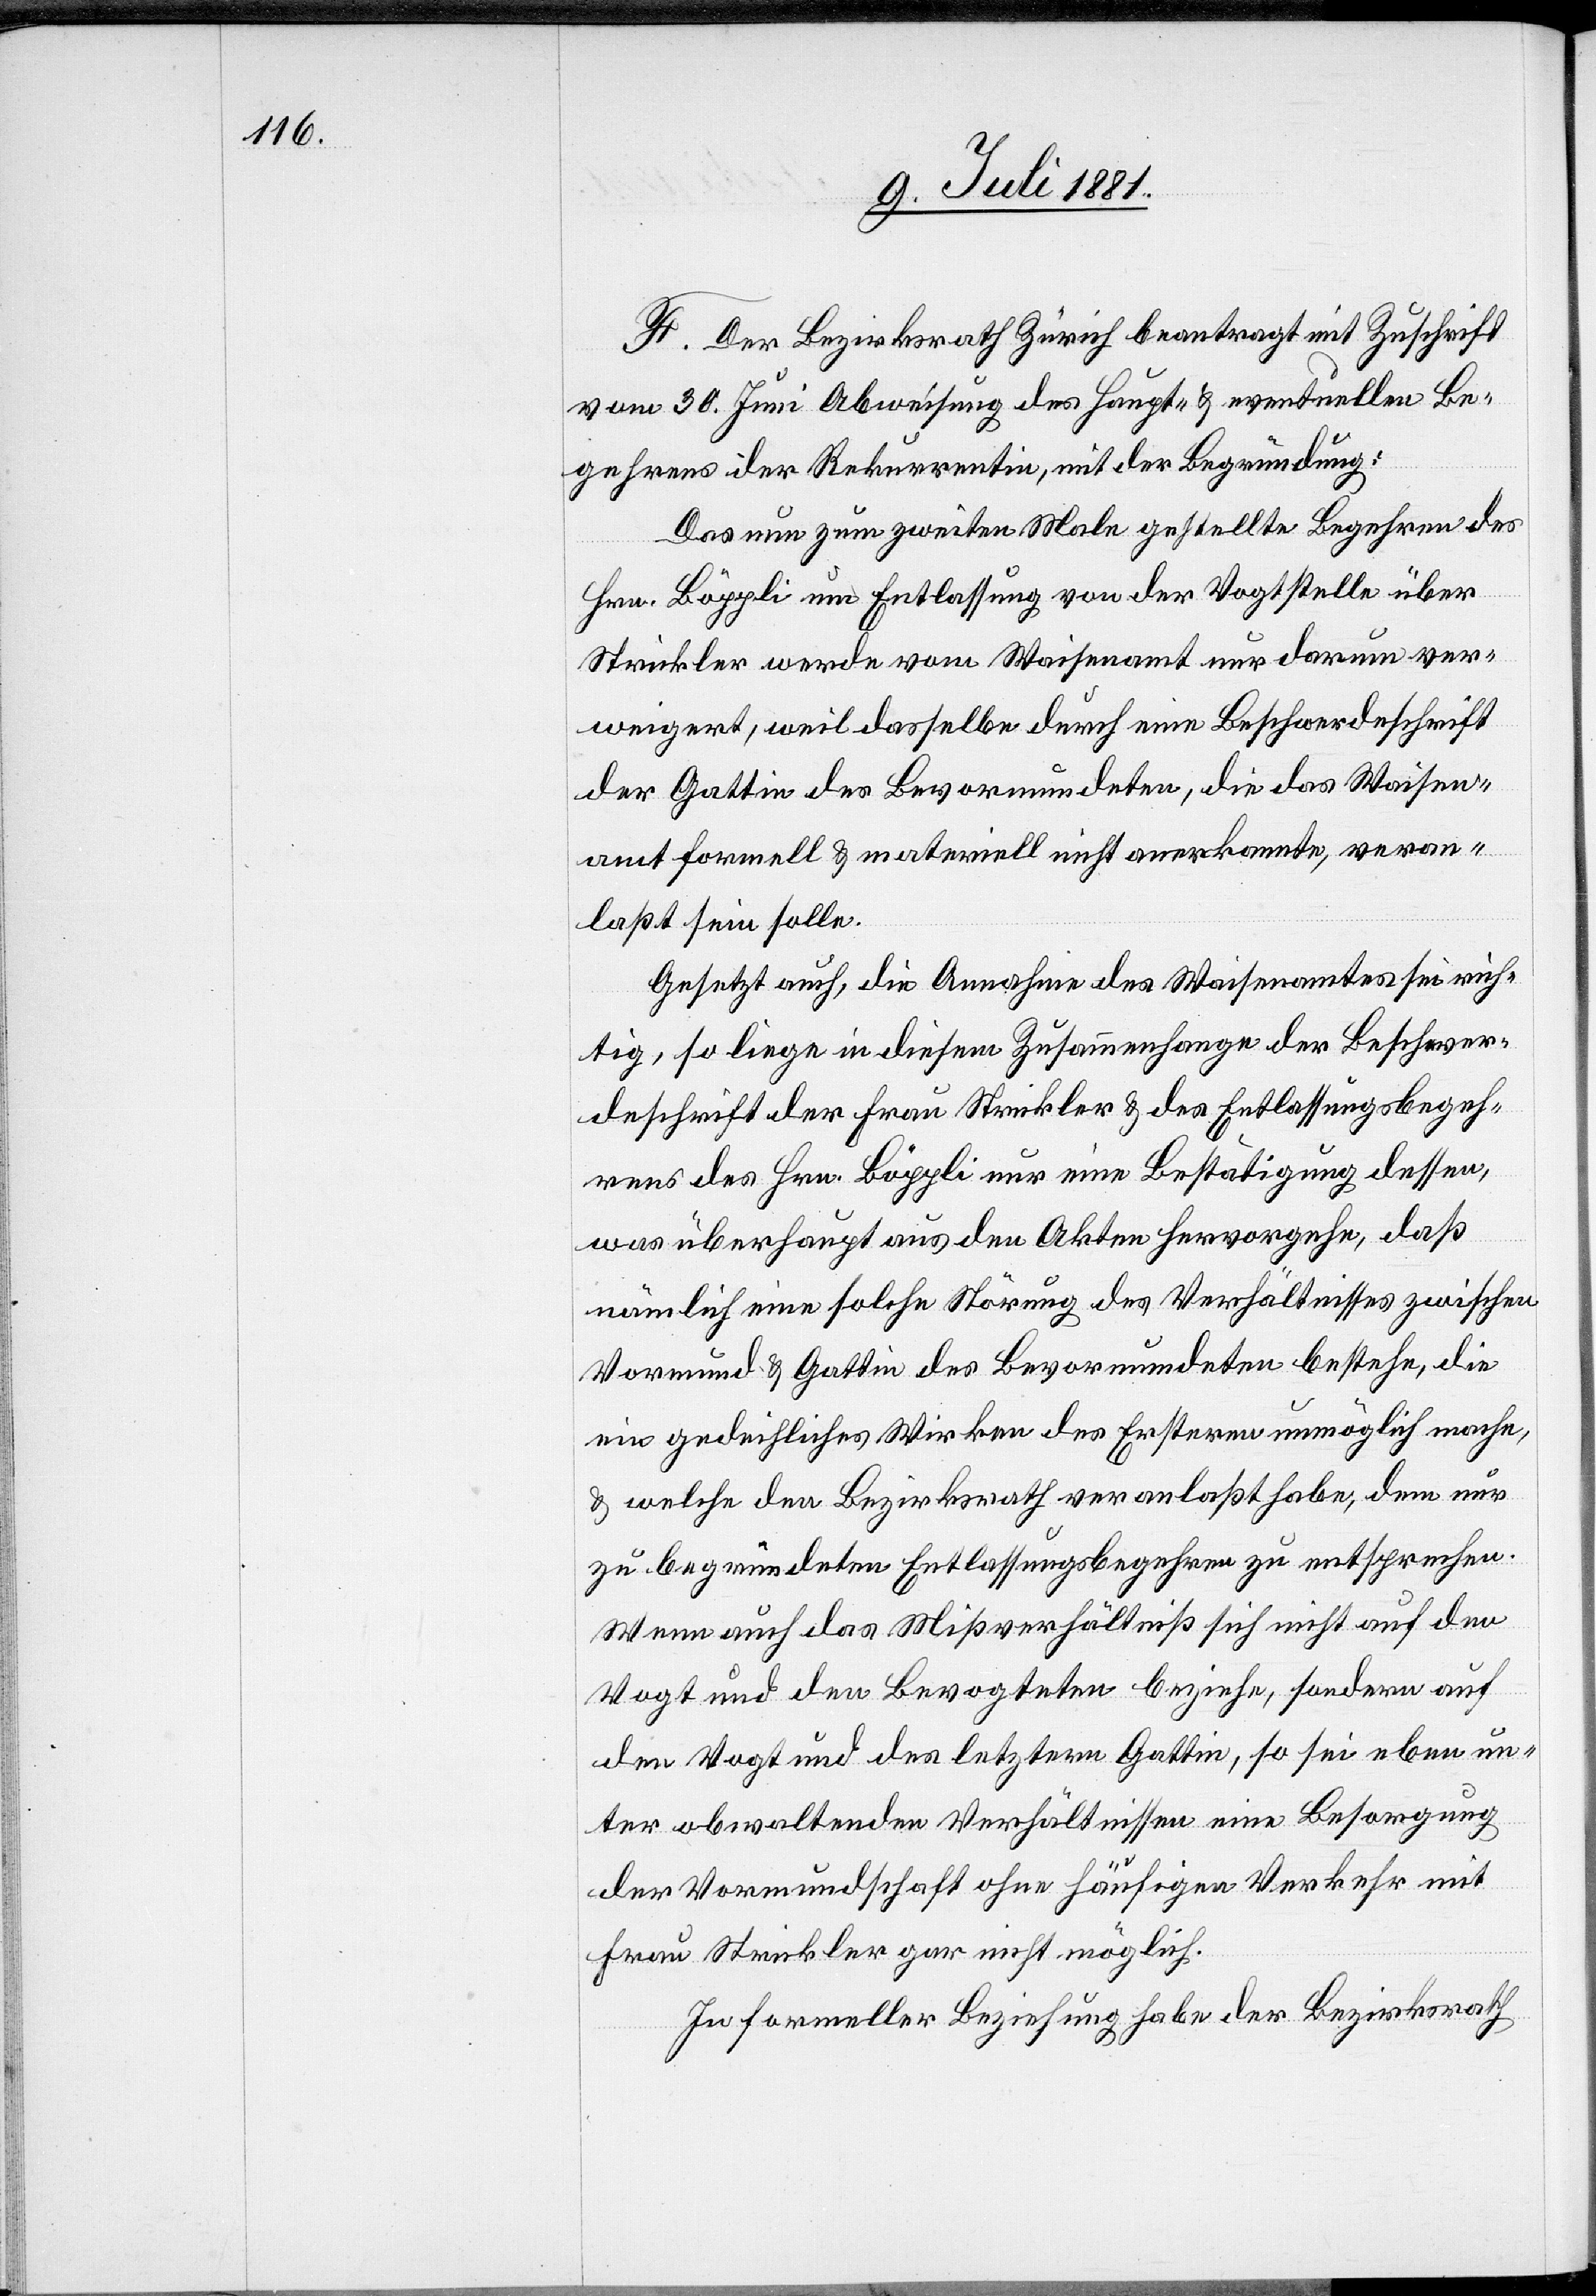
F. Der Bezirksrath Zürich beantragt mit Zuschrift
vom 30. Juni Abweisung des Haupt- & eventuellen Be¬
gehrens der Rekurrentin, mit der Begründung:
Das nun zum zweiten Male gestellte Begehren des
Hrn. Böppli um Entlassung von der Vogtstelle über
Strickler werde vom Waisenamt nur darum ver¬
weigert, weil dasselbe durch eine Beschwerdeschrift
der Gattin des Bevormundeten, die das Waisen¬
amt formell & materiell nicht anerkannte, veran¬
laßt sein solle.
Gesetzt auch, die Annahme des Waisenamtes sei rich¬
tig, so liege in diesem Zusammenhange der Beschwer¬
deschrift der Frau Strickler & des Entlassungsbegeh¬
rens des Hrn. Böppli nur eine Bestätigung dessen,
was überhaupt aus den Akten hervorgehe, daß
nämlich eine solche Störung des Verhältnisses zwischen
Vormund & Gattin des Bevormundeten bestehe, die
ein gedeihliches Wirken des Ersteren unmöglich mache,
& welche den Bezirksrath veranlaßt habe, dem nur
zu begründeten Entlassungsbegehren zu entsprechen.
Wenn auch das Mißverhältniß sich nicht auf den
Vogt und den Bevogteten beziehe, sondern auf
den Vogt und des letztern Gattin, so sei eben un¬
ter obwaltenden Verhältnissen eine Besorgung
der Vormundschaft ohne häufigen Verkehr mit
Frau Strickler gar nicht möglich.
In formeller Beziehung habe der Bezirksrath